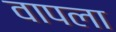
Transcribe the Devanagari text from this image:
वापला